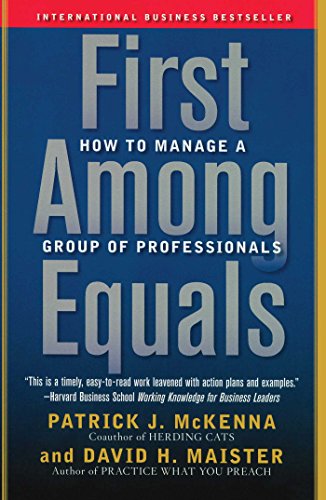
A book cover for First Among Equals: How to Manage a Group of Professionals; Patrick J. McKenna; Business & Money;